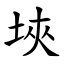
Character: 埉